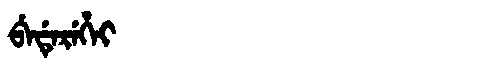
Manchu: ᠪᡝᡩᡝᡵᡝᡥᡝᡳ
Romanization: BEDEREHEI